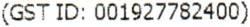
(GST ID: 001927782400)